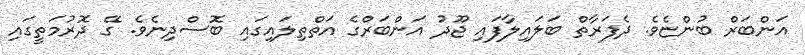
އަންބަރް ބުންޏެވެ. ދެފަރާތް ބަލައިލާފައި ޖޫދު އަންބަރްގެ އަތްތިލައިގައި ބޮސްދިނެވެ. ގޭ ދޮރުމަތީގައި